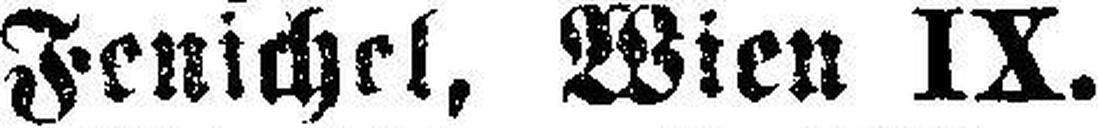
Fenichel, Wien IX.